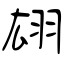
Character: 翃